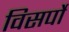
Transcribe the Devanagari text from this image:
विसर्पो